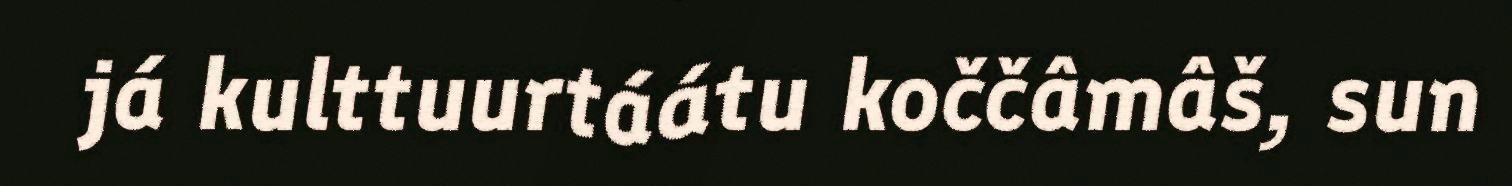
já kulttuurtáátu koččâmâš, sun